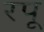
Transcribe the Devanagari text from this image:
रपू